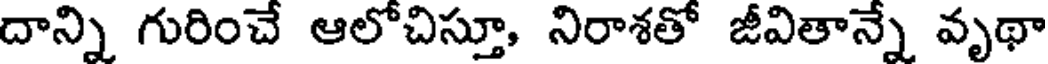
దాన్ని గురించే ఆలోచిస్తూ, నిరాశతో జీవితాన్నే వృథా